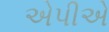
એપીએ